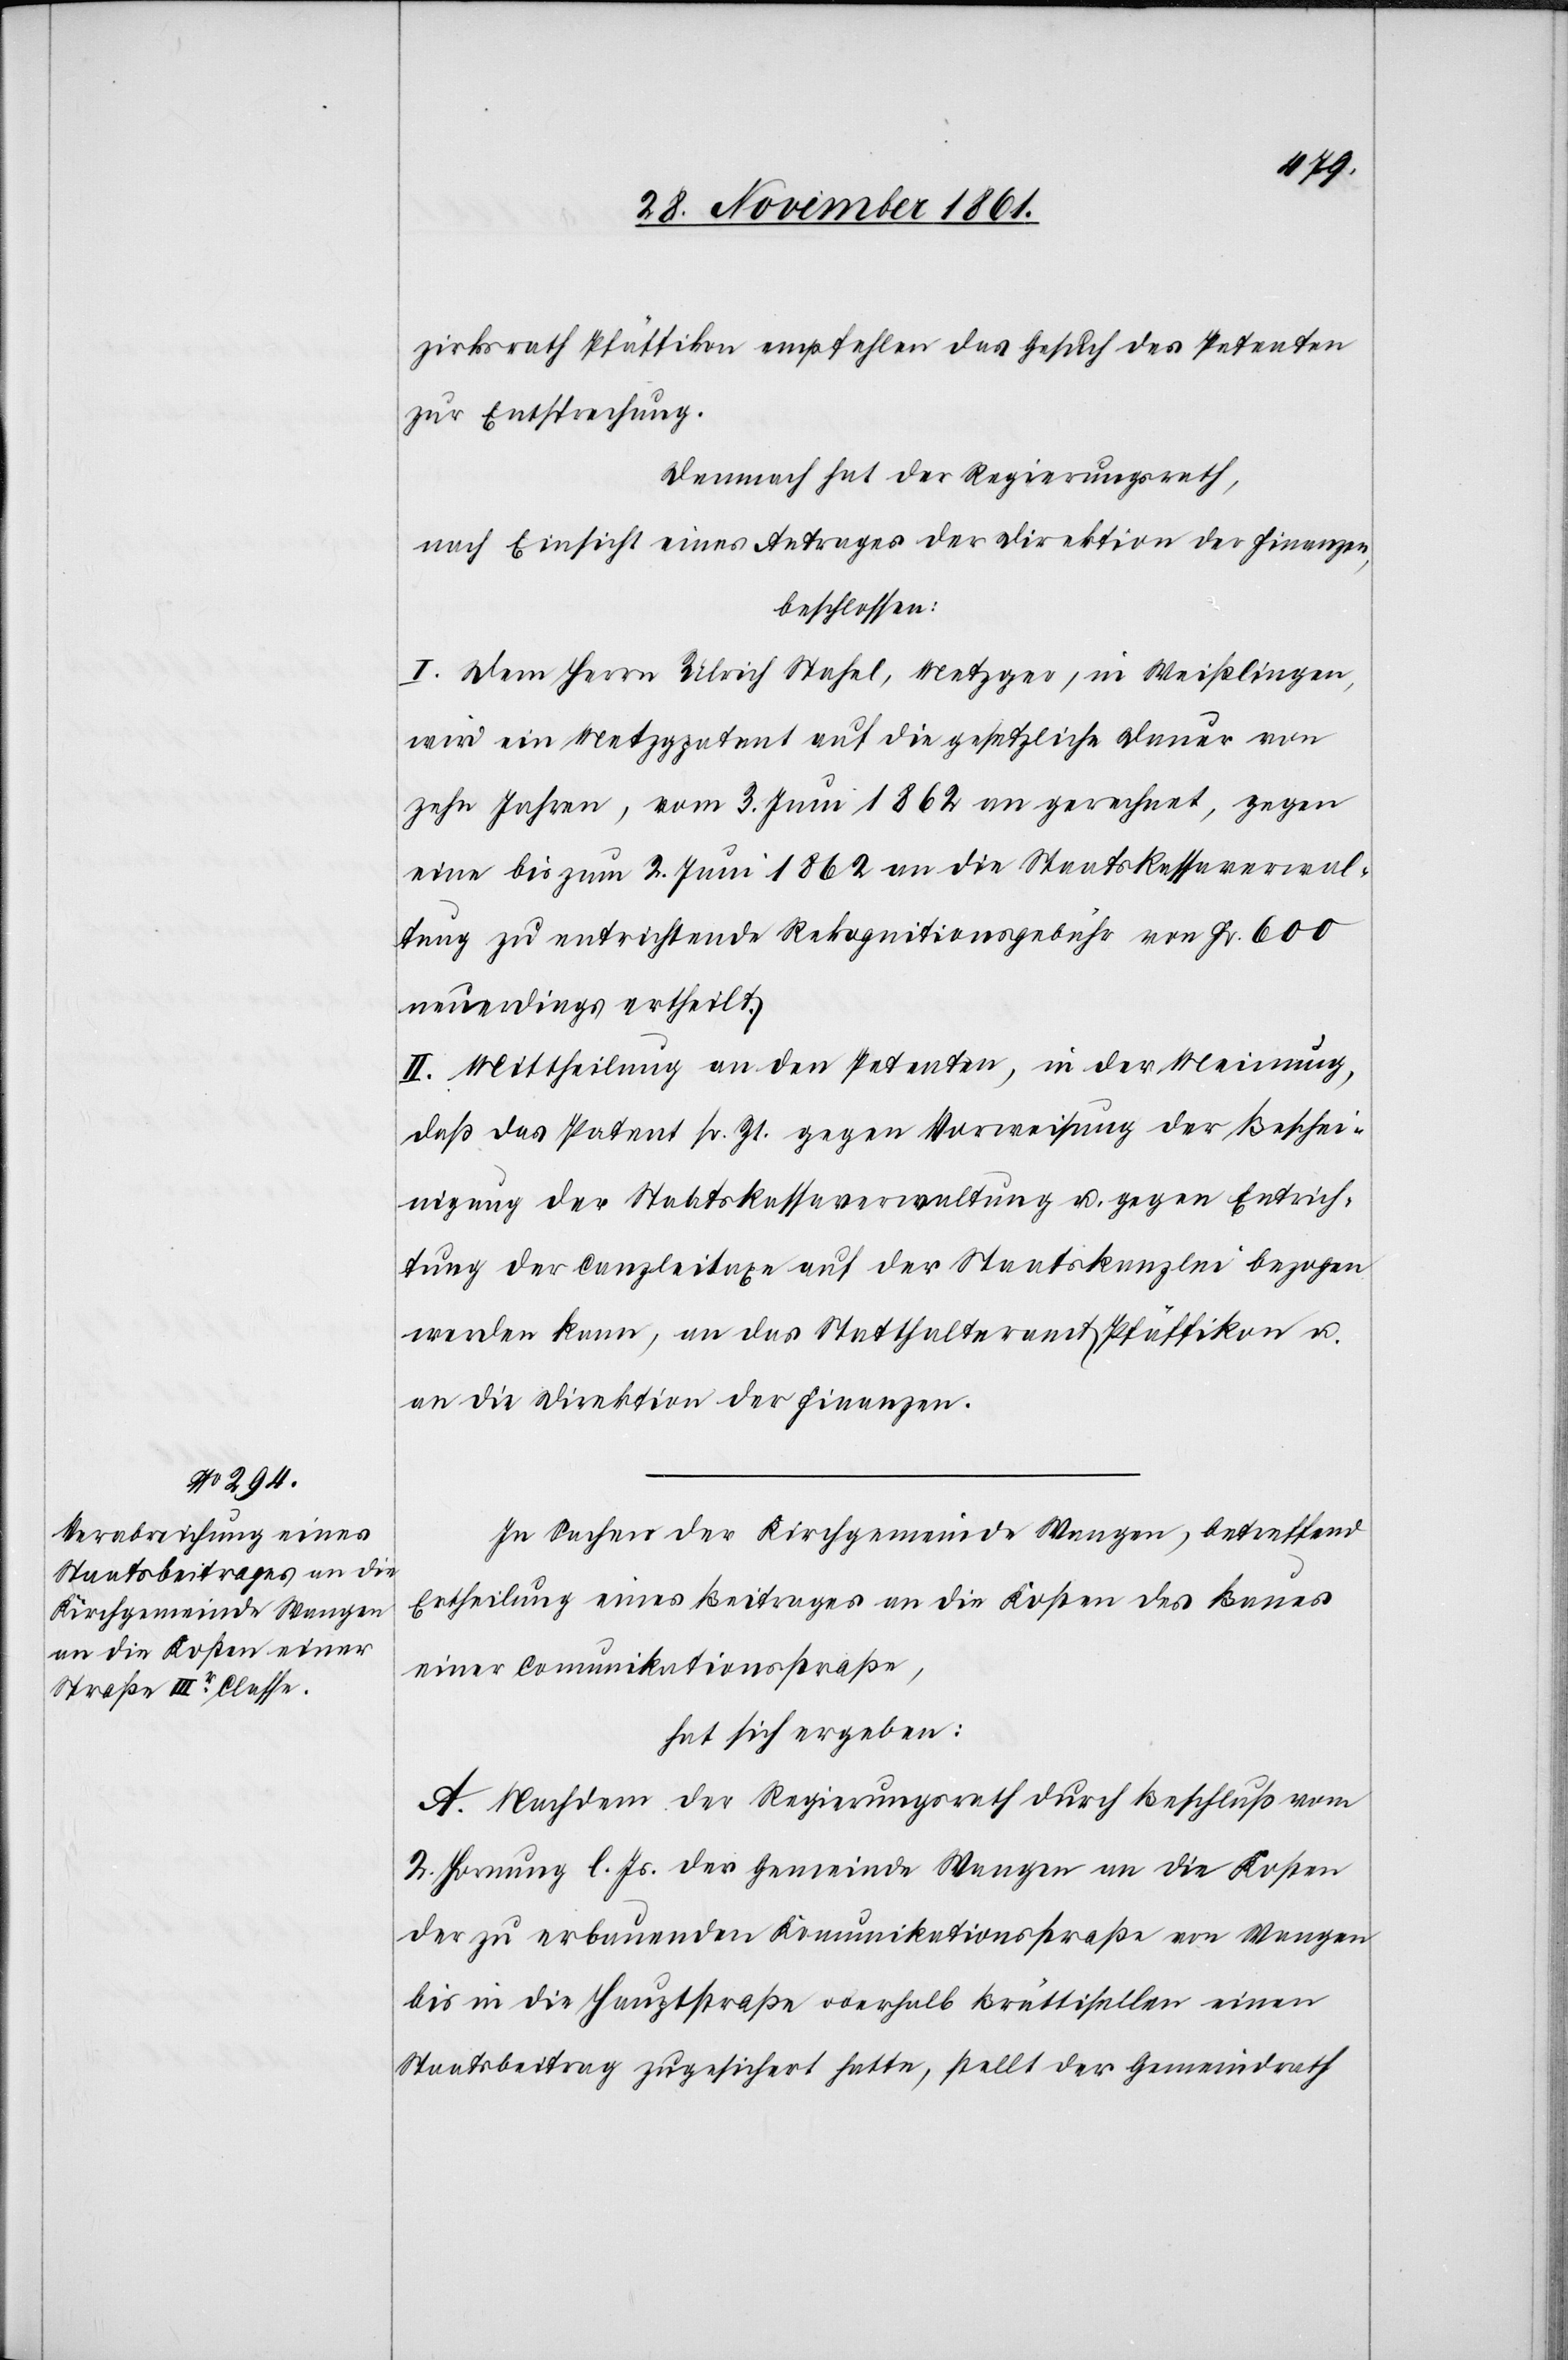
zirksrath Pfäffikon empfehlen das Gesuch des Petenten
zur Entsprechung.
Demnach hat der Regierungsrath,
nach Einsicht eines Antrages der Direktion der Finanzen,
beschlossen:
I. Dem Herrn Ulrich Stahel, Metzger, in Weißlingen,
wird ein Metzgpatent auf die gesetzliche Dauer von
zehn Jahren, vom 3 Juni 1862 an gerechnet, gegen
eine bis zum 2 Juni 1862 an die Staatskassaverwal¬
tung zu entrichtende Rekognitionsgebühr von Fr. 600
neuerdings ertheilt.
II. Mittheilung an den Petenten, in der Meinung,
daß das Patent sr. Zt. gegen Vorweisung der Beschei¬
nigung der Staatskassaverwaltung u. gegen Entrich¬
tung der Canzleitaxe auf der Staatskanzlei bezogen
werden kann, an das Statthalteramt Pfäffikon u.
an die Direktion der Finanzen.
In Sachen der Kirchgemeinde Wangen, betreffend
Ertheilung eines Beitrages an die Kosten des Baues
einer Communikationsstraße,
hat sich ergeben:
A. Nachdem der Regierungsrath durch Beschluß vom
2 Hornung l. Js. der Gemeinde Wangen an die Kosten
der zu erbauenden Kommunikationsstraße von Wangen
bis in die Hauptstraße oberhalb Brüttisellen einen